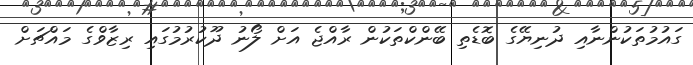
ގައުމުތަކުންނާއި ދުނިޔޭގެ ބޮޑެތި ބޭންކްތަކުން ރާއްޖެ އަށް ލޯނު ދޫކުރުމުގައި ރިޒާވްގެ މައްޗަށް